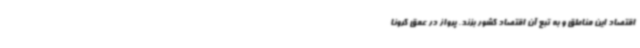
اقتصاد این مناطق و به تبع آن اقتصاد کشور بزند. پرواز در عمق کرونا